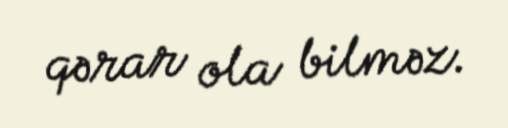
qərar ola bilməz.